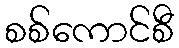
စစ်ကောင်စီ